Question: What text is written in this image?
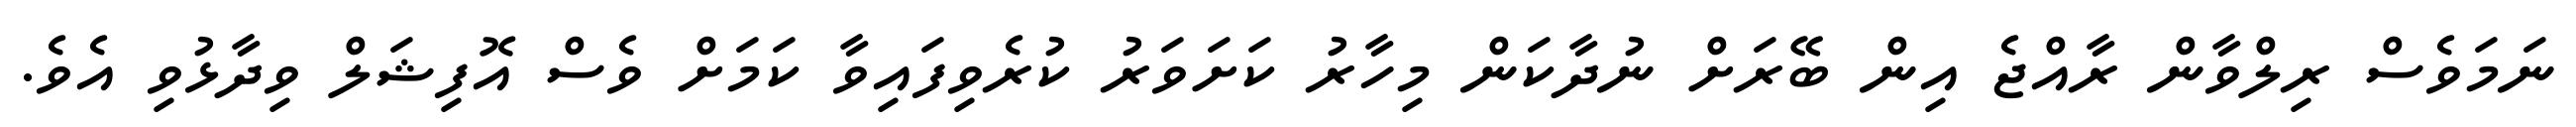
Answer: ނަމަވެސް ރިލްވާން ރާއްޖެ އިން ބޭރަށް ނުދާކަން މިހާރު ކަށަވަރު ކުރެވިފައިވާ ކަމަށް ވެސް އޮފިޝަލް ވިދާޅުވި އެވެ.